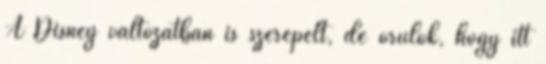
A Disney változatban is szerepelt, de örülök, hogy itt